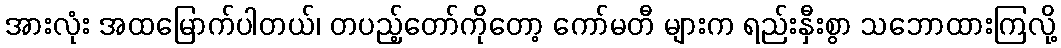
အားလုံး အထမြောက်ပါတယ်၊ တပည့်တော်ကိုတော့ ကော်မတီ များက ရည်းနှီးစွာ သဘောထားကြလို့